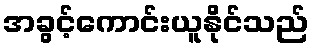
အခွင့်ကောင်းယူနိုင်သည်